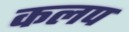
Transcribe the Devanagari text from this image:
कलप